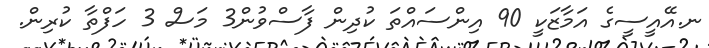
ނ.އޭއީސީގެ އަމާޒަކީ 90 އިންސައްތަ ކުދިން ފާސްވުން3 މަސް 3 ހަފްތާ ކުރިން.